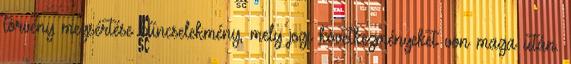
törvény megsértése bűncselekmény, mely jogi következményeket von maga után.